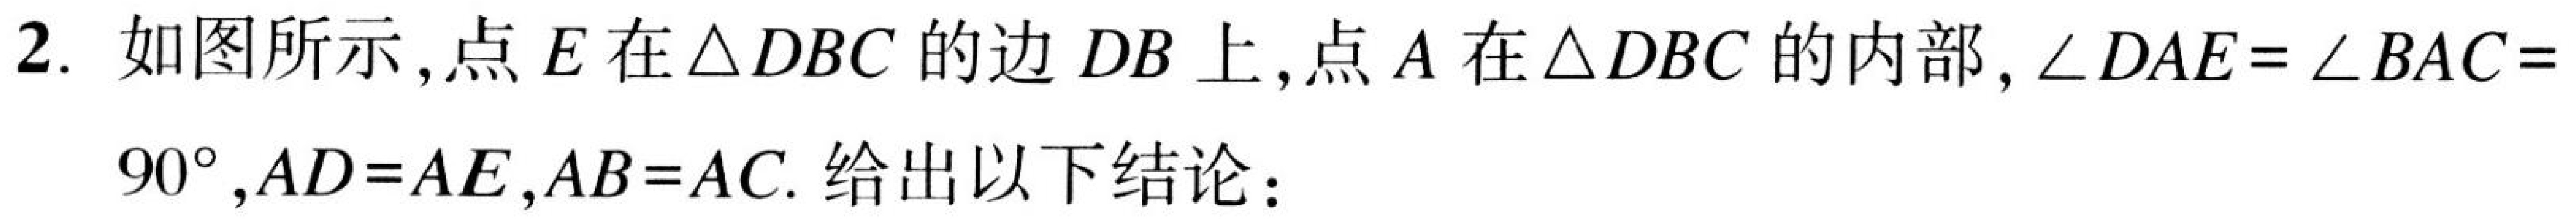
2. 如图所示,点\(E\)在\(\triangle DBC\)的边\(DB\)上,点\(A\)在\(\triangle DBC\)的内部,\(\angle DAE=\angle BAC = 90^{\circ},AD = AE,AB = AC.\) 给出以下结论：